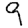
Digit: 9